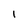
Character: I